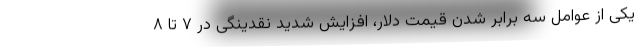
یکی از عوامل سه برابر شدن قیمت دلار، افزایش شدید نقدینگی در ۷ تا ۸